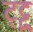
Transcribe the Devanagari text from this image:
ट्ट्टु